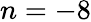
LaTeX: n=-8